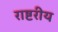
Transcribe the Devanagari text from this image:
राष्टरीय